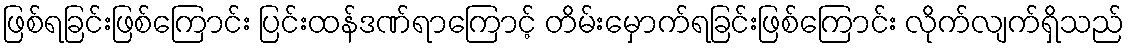
ဖြစ်ရခြင်းဖြစ်ကြောင်း ပြင်းထန်ဒဏ်ရာကြောင့် တိမ်းမှောက်ရခြင်းဖြစ်ကြောင်း လိုက်လျက်ရှိသည်